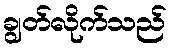
ချွတ်လိုက်သည်